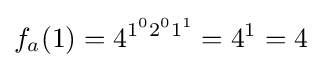
f_{a}(1)=4^{1^{0}2^{0}1^{1}}=4^{1}=4